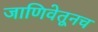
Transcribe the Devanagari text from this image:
जाणिवेतूनच